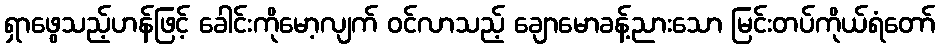
ရှာဖွေသည့်ဟန်ဖြင့် ခေါင်းကိုမော့လျက် ဝင်လာသည့် ချောမောခန့်ညားသော မြင်းတပ်ကိုယ်ရံတော်